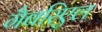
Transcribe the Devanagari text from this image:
गैबरिएल